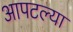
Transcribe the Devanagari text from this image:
आपटल्या